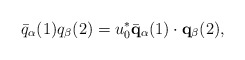
\begin{align*}\bar{q}_{\alpha}(1) q_{\beta}(2) = u_{0}^{*} \bar{\bf q}_{\alpha}(1) \cdot{\bf q}_{\beta}(2),\end{align*}